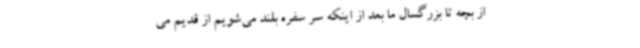
از بچه تا بزرگسال ما بعد از اینکه سر سفره بلند می‌شویم از قدیم می